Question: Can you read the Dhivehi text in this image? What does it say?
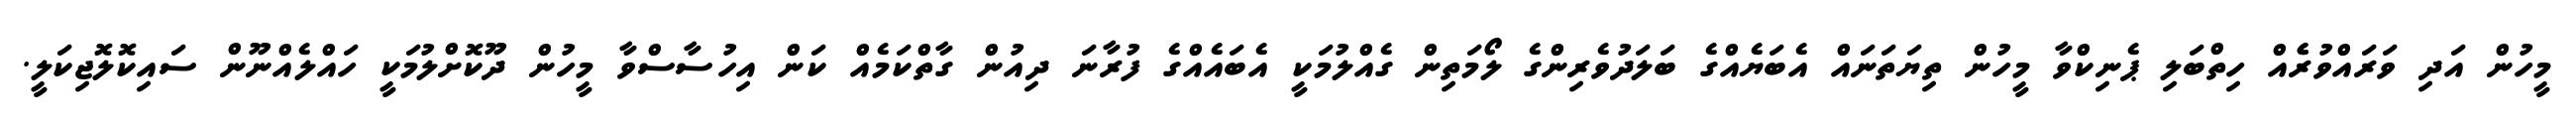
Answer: މީހުން އަދި ވަރައްވުރެެއް ހިތްބަލި ޕެނިކްވާ މީހުން ތިޔަތަނައް އެބަޔެއްގެ ބަލަދުވެރިންގެ ލޯމަތިން ގެއްލުމަކީ އެބައެއްގެ ފުރާނަ ދިއުން ގާތްކަމެއް ކަން އިހުސާސްވާ މީހުން ދޫކޮށްލުމަކީ ހައްލެއްނޫން ސައިކޮލޮޖިކަލީ.